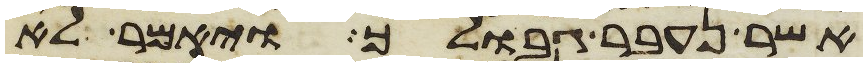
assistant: אשר נעבר גבולך ויאמר לא